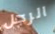
الرجل